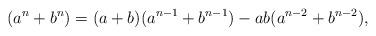
LaTeX: \begin{align*}(a^n + b^n) = (a+b)(a^{n-1}+b^{n-1}) - ab(a^{n-2}+b^{n-2}),\end{align*}